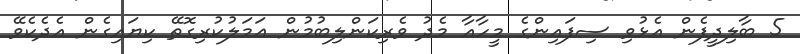
5 ބާލިދީފެން އެޅުވި ސިފައިންގެ މީހާއާ މެދު ވެރިކަންލިބުމުން ޢަމަލުކުރިގޮތޭ ކިޔައިގެން އެދެކެވޭ